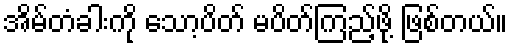
အိမ်တံခါးကို သော့ပိတ် မပိတ်ကြည့်ဖို့ ဖြစ်တယ်။